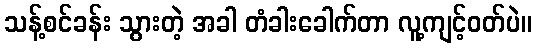
သန့်စင်ခန်း သွားတဲ့ အခါ တံခါးခေါက်တာ လူ့ကျင့်ဝတ်ပဲ။